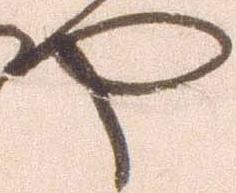
や